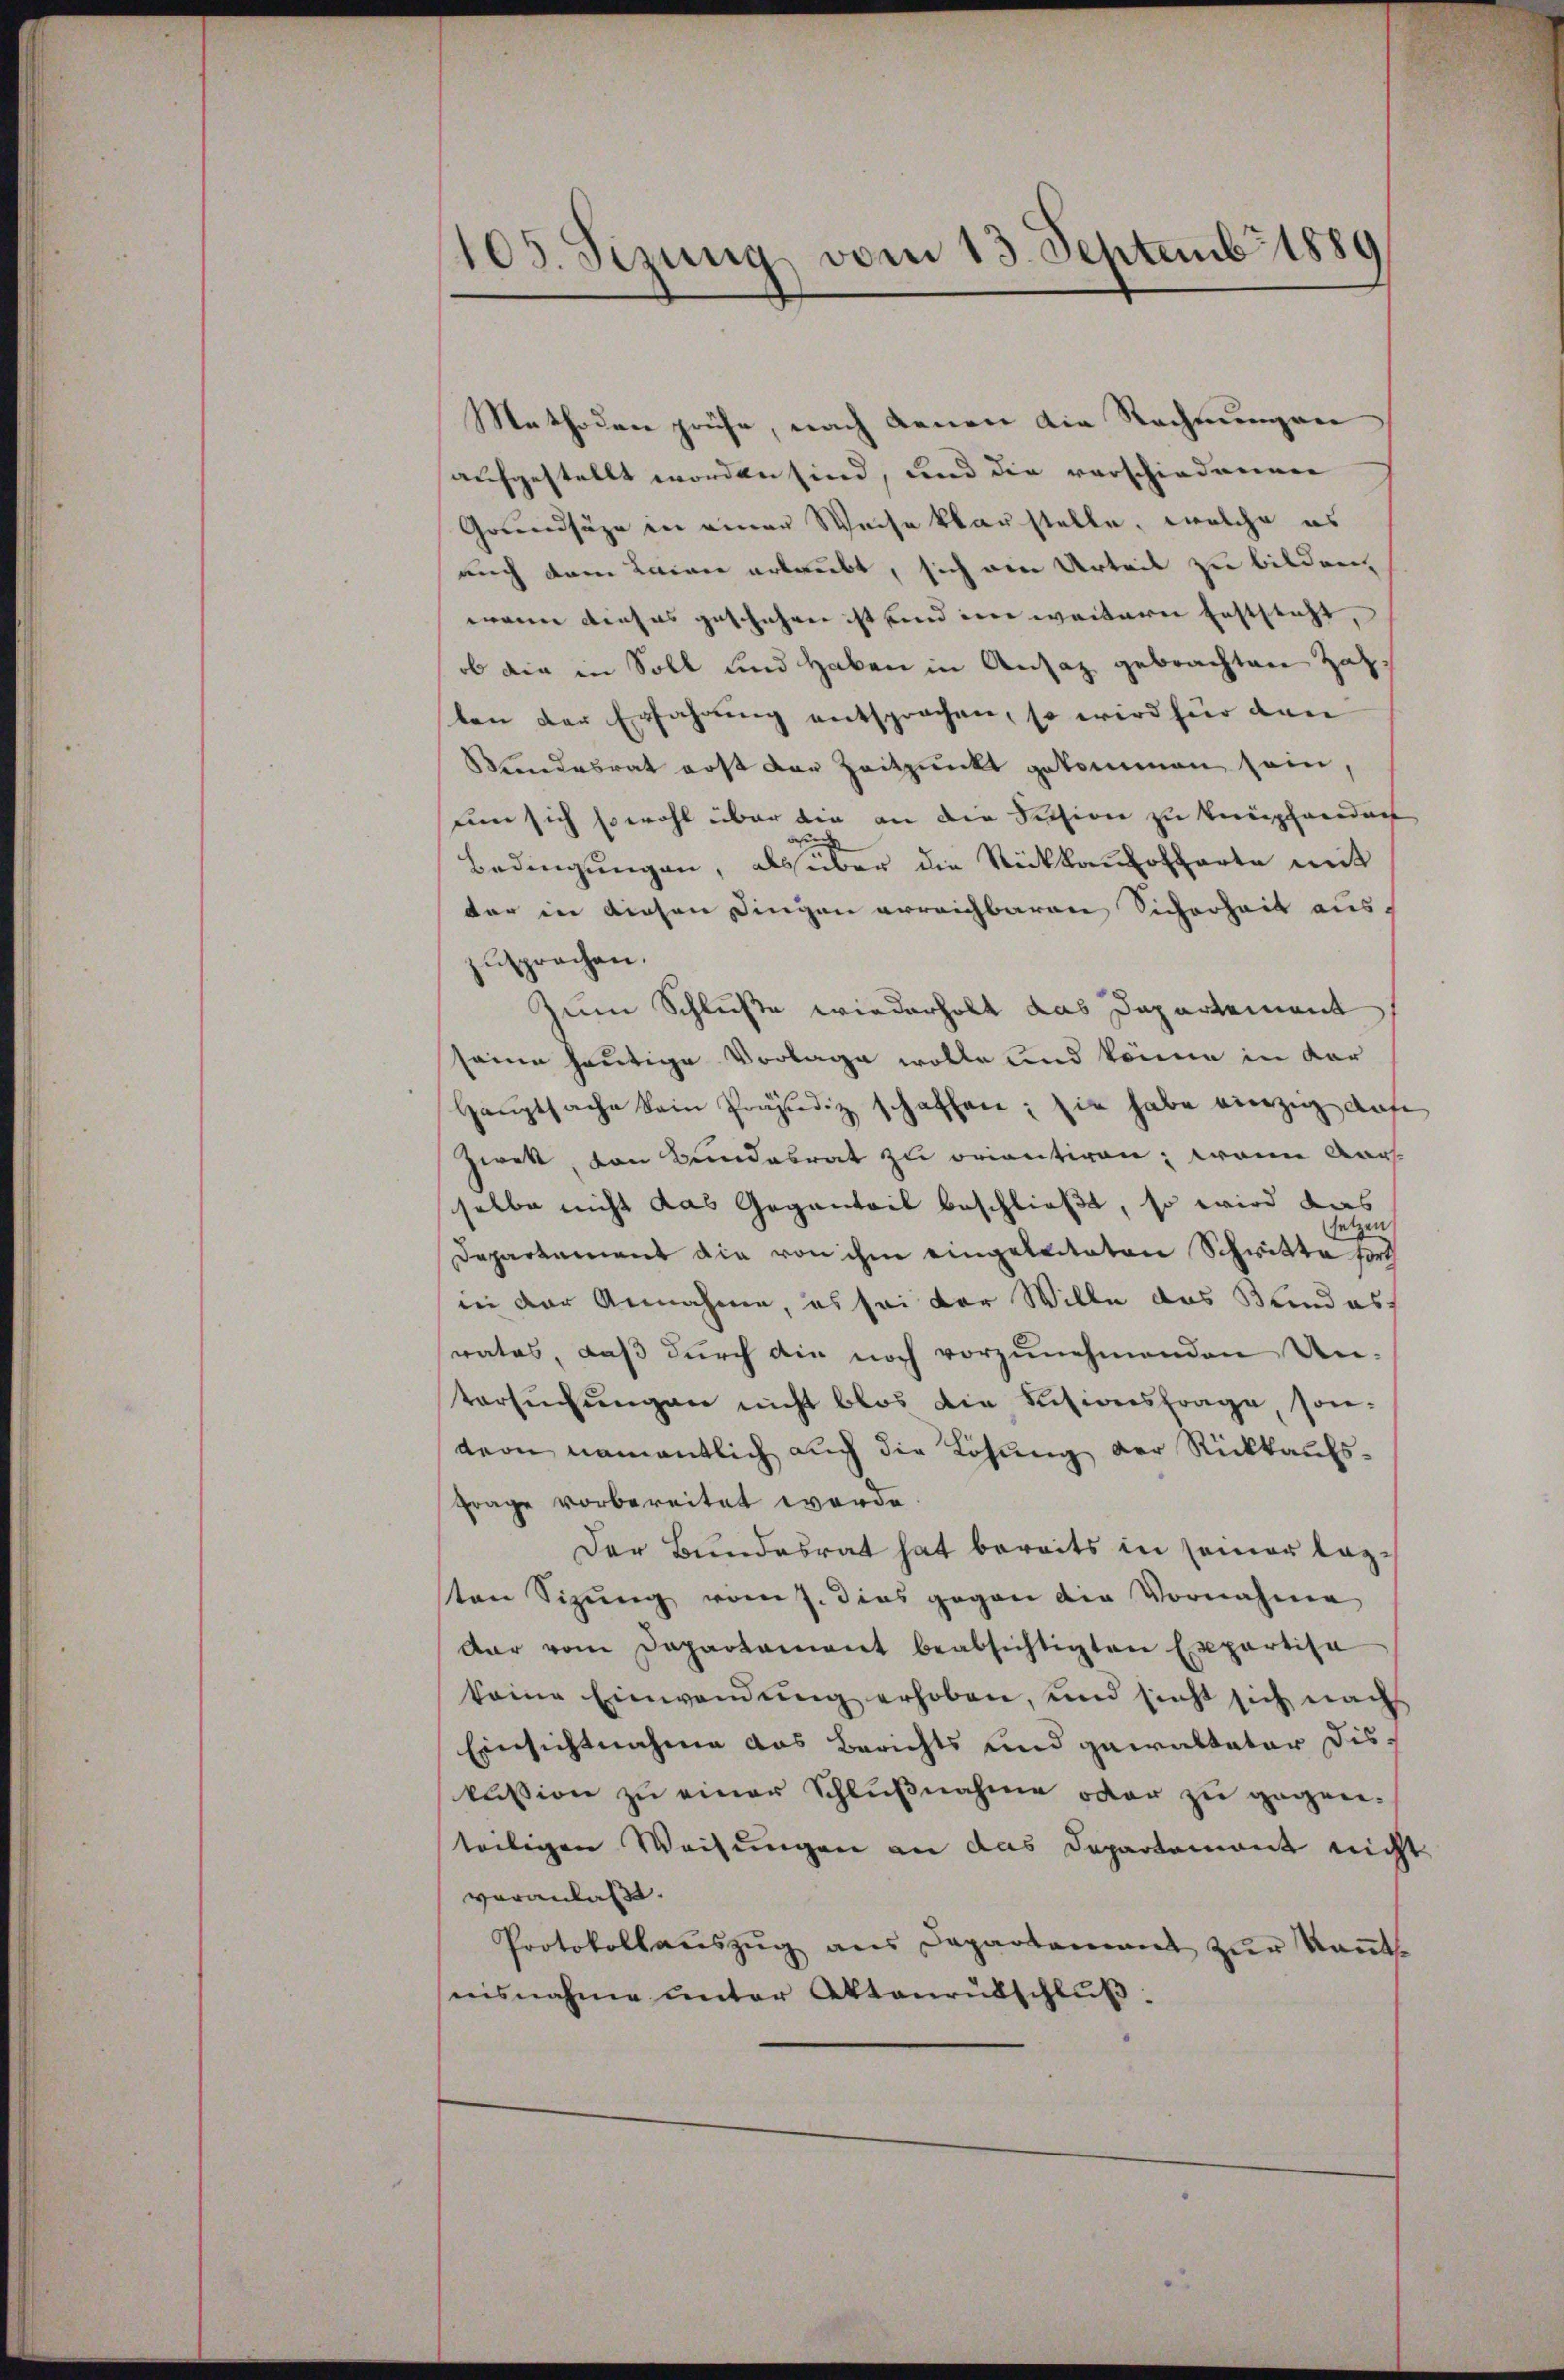
105. Sizung vom 13. Septemb. 1889

Methoden prüfe, nach denen die Rechnungen
aufgestellt worden sind, und die vorschiederner
Grundsätze in einer Weise klarstelle, welche es
auch dem Lainer erlaubt, sich ein Urteil zu bilden,
wann dieses geschehen ist und eine weitere Erststeht,
ob die in Soll und haben in Ansaz gebrachten Zahten der Erfahrung entsprochen, so wird für den
Bundesrat erst der Zeitpunkt gekommen sein,
uum sich sowohl über die an die Session zu kenpfandant
Bedingungen, als über die Rückkaufoffarte mit
der in diesen Dingen erreichbaren Sicherheit auszusprochen.
Zum Schluße wiederholt das Departement
seine heutige Vorlage wolle und könne in der
Hauptsache kein Präjudiz schaffen; sie habe einzig das
Zwek, von Bundesrat zu orientiren; wann Aar-
selbe nicht das Gegenteil beschließt, so wird das
en
sei
Departement die von ihm eingeleiteten Schwitte fort
in der Annahme, es sei der Wille das Blindes
rates, daß durch die noch vorzunehmenden Untersŭchŭngen nicht blos die Sisionsfrage son-
tern namentlich auch die Lösung der Rückkaufs-
Frage vorbereitet werde.
Der Bundesrat hat bereits in seiner lezten Sizung vom 7. dies gegen die Vornahme
dar vom Departament beabsichtigten Exportisa
keine Einwendung erhoben, und sicht sich nach
Einsichtnahme das Berichts und gewalteter Diskussion zu einer Schlußnahme oder zu gegenteiligen Weisungen an das Departement nicht
veranlaßt.
Protokollaŭszŭg ans Departamant zŭr Kaṅt.
nisnahme unter Aktenrütschluß: